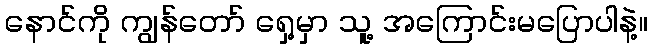
နောင်ကို ကျွန်တော် ရှေ့မှာ သူ့ အကြောင်းမပြောပါနဲ့။